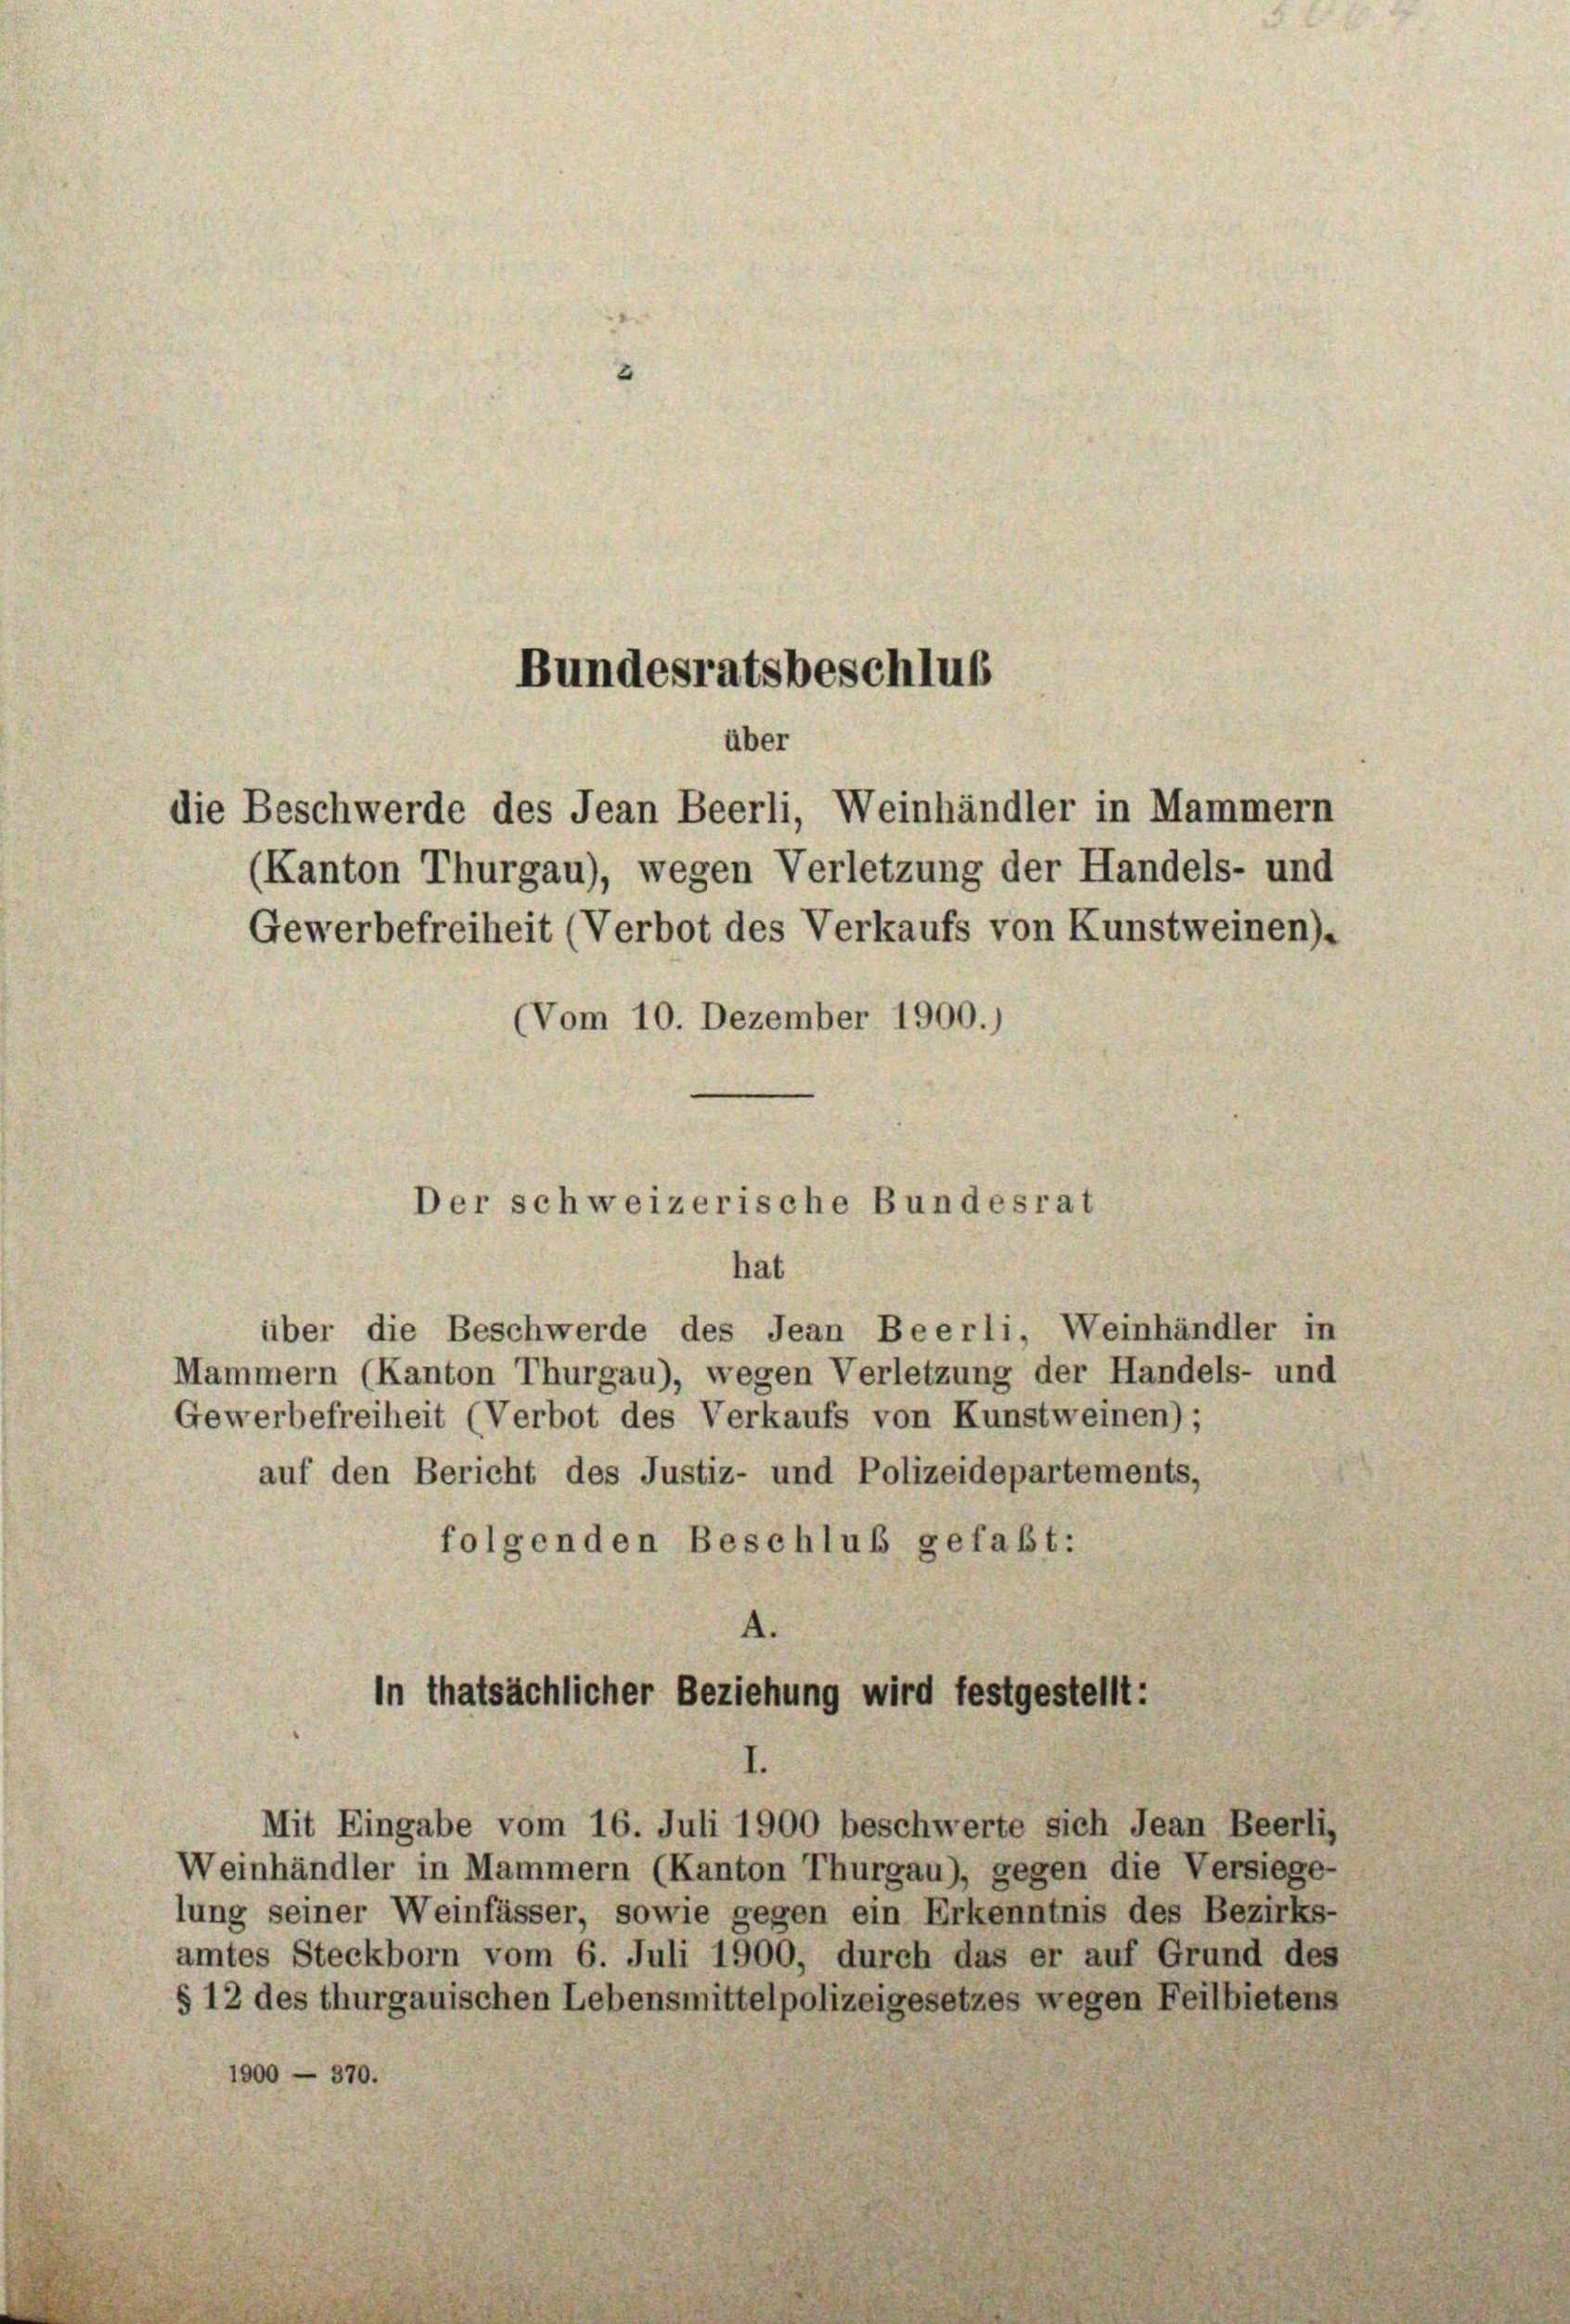
(Kanton Thurgau), wegen Verletzung der Handels- und
Gewerbefreiheit (Verbot des Verkaufs von Kunstweinen).
(Vom 10. Dezember 1900.)

Bundesratsbeschluß
über
die Beschwerde des Jean Beerli, Weinhändler in Mammern

Der schweizerische Bundesrat
hat

über die Beschwerde des Jean Beerli, Weinhändler in
Mammern (Kanton Thurgau), wegen Verletzung der Handels- und
Gewerbefreiheit (Verbot des Verkaufs von Kunstweinen);
auf den Bericht des Justiz- und Polizeidepartements,
folgenden Beschluß gefaßt:
4.

in thatsächlicher Beziehung wird festgestellt:
Mit Eingabe vom 16. Juli 1900 beschwerte sich Jean Beerli,

Weinhändler in Mammern (Kanton Thurgau), gegen die Versiege-
lung seiner Weinfässer, sowie gegen ein Erkenntnis des Bezirks-
amtes Steckborn vom 6. Juli 1900, durch das er auf Grund des
§ 12 des thurgauischen Lebensmittelpolizeigesetzes wegen Feilbietens
1900 - 370.